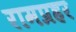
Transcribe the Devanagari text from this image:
रामप्रहर